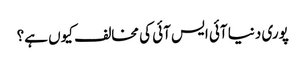
پوری دنیا آئی ایس آئی کی مخالف کیوں ہے؟